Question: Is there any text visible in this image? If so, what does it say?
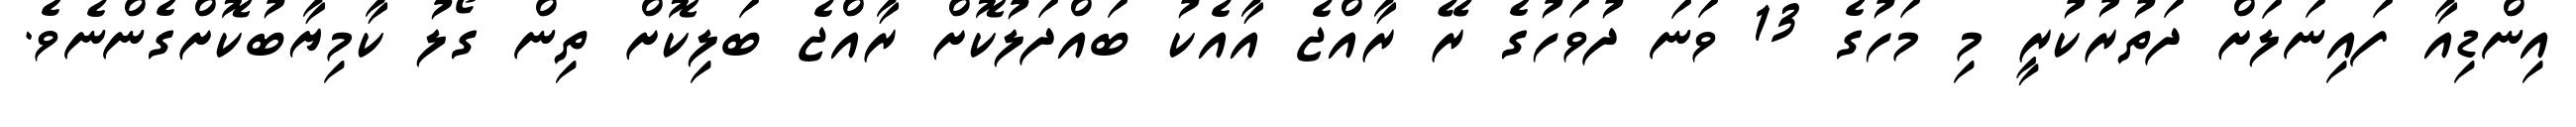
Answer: އިންޑިއާ ފައިނަލަށް ދަތުރުކުރީ މި މަހުގެ 13 ވަނަ ދުވަހުގެ ރޭ ރާއްޖެ އާއެކު ބައްދަލުކޮށް ރާއްޖެ ބަލިކޮށް ތިން ގޯލު ކާމިޔާބުކޮށްގެންނެވެ.